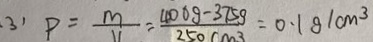
( 3 ) P = \frac { m } { V } = \frac { 4 0 0 g - 3 7 5 g } { 2 5 0 c m ^ { 3 } } = 0 . 1 8 1 c m ^ { 3 }